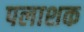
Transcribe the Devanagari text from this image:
पलाशक